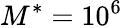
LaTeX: M^{*}=10^{6}